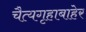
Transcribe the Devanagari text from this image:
चैत्यगृहाबाहेर